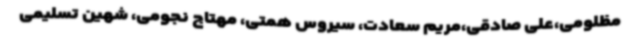
مظلومی،علی صادقی،مریم سعادت، سیروس همتی، مهتاج نجومی، شهین تسلیمی